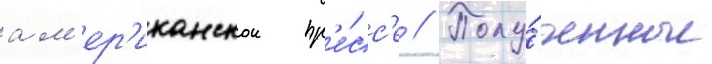
ам'ер'иканскои пр'е́сс'е // Полу́ченные